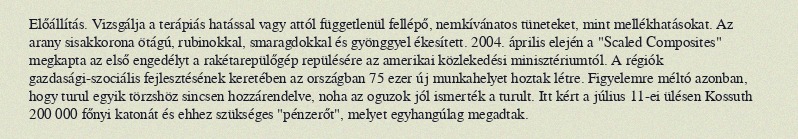
Előállítás. Vizsgálja a terápiás hatással vagy attól függetlenül fellépő, nemkívánatos tüneteket, mint mellékhatásokat. Az arany sisakkorona ötágú, rubinokkal, smaragdokkal és gyönggyel ékesített. 2004. április elején a "Scaled Composites" megkapta az első engedélyt a rakétarepülőgép repülésére az amerikai közlekedési minisztériumtól. A régiók gazdasági-szociális fejlesztésének keretében az országban 75 ezer új munkahelyet hoztak létre. Figyelemre méltó azonban, hogy turul egyik törzshöz sincsen hozzárendelve, noha az oguzok jól ismerték a turult. Itt kért a július 11-ei ülésen Kossuth 200 000 főnyi katonát és ehhez szükséges "pénzerőt", melyet egyhangúlag megadtak.